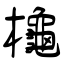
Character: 櫷